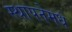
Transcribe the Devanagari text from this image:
स्थापनेमधे